Jaan_Tonisson_(Lasteleht), lk 383
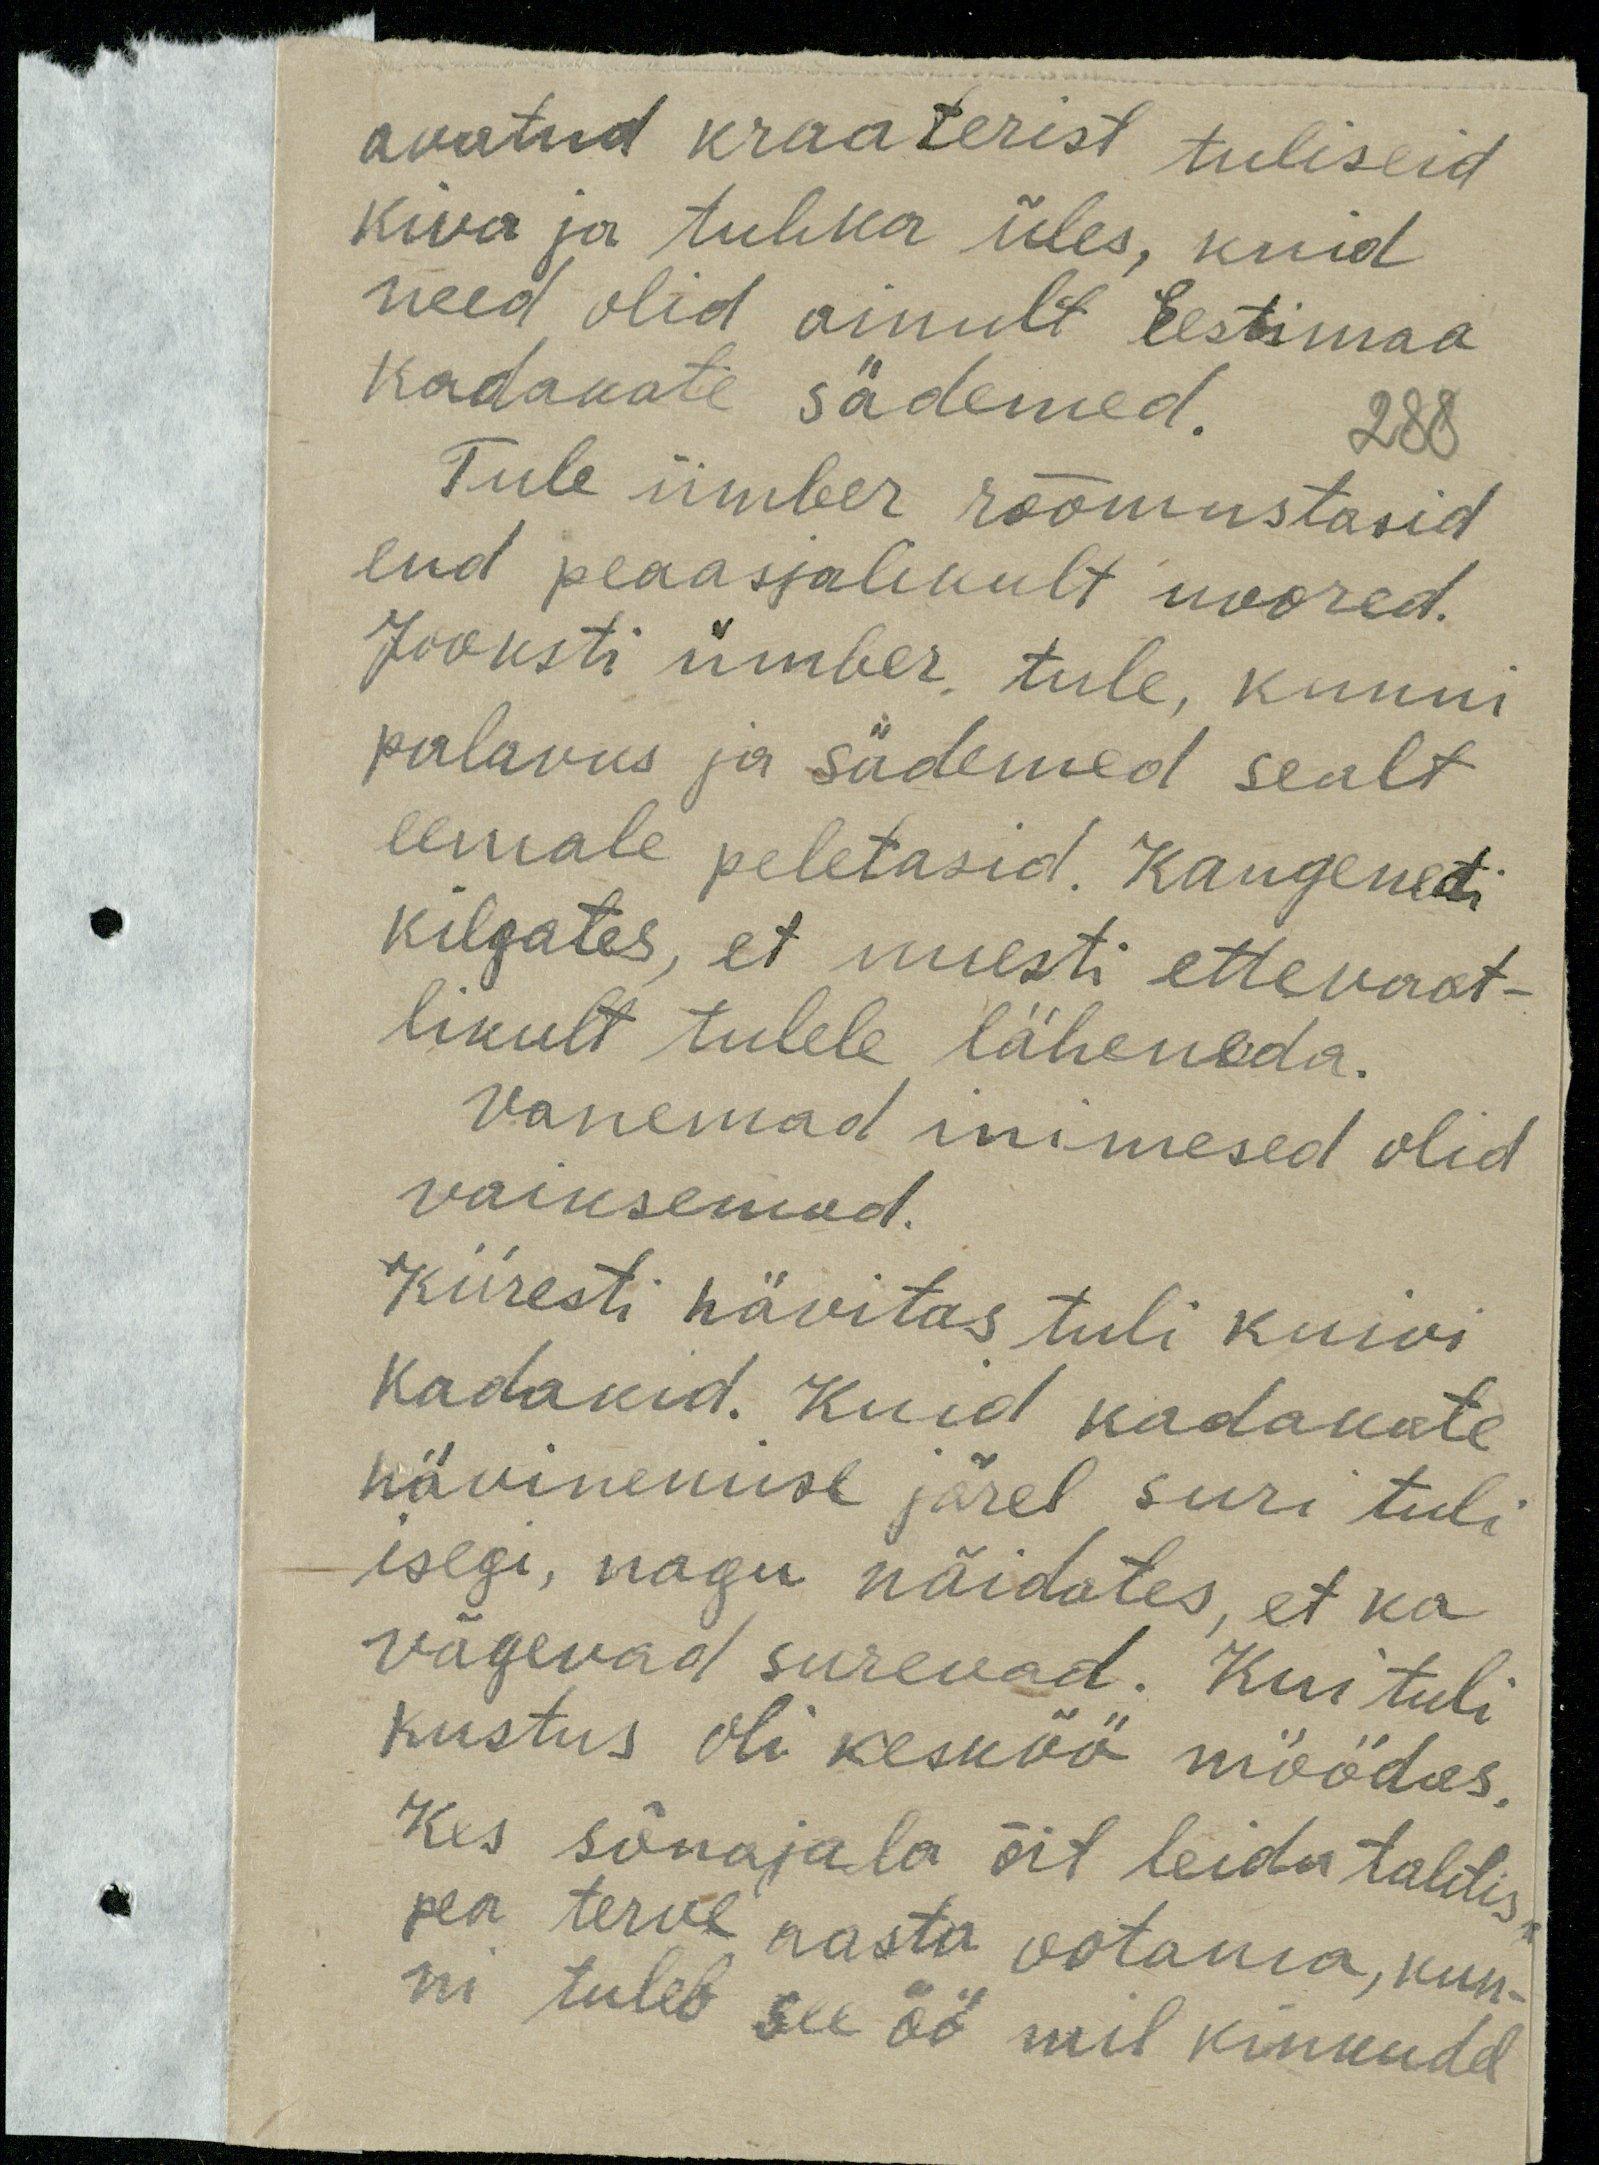
avatud kraaterist tuliseid
kiva ja tuhka üles, kuid
need olid ainult Eestimaa
kadakate sädemed.
288
Tule ümber rõõmustasid
end peaasjalikult noored.
Jooksti ümber tule, kunni
palavus ja südemed sealt
eemale peletasid. Kaugeneti
kilgates, et uuesti ettevaat-
likult tulele läheneda.
vanemad inimesed olid
vaiksemad.
Kiiresti hävitas tuli kuivi
Kadakid. Kuid kadakate
hävinemise järel suri tuli
isegi, nagu näidates, et ka
vägevad surevad. Kui tuli
kustus oli kesköö möödas.
kes sõnajala õit leidu tahtis
pea terve aasta ootama, kun-
ni tuleb see öö mul kinkudel